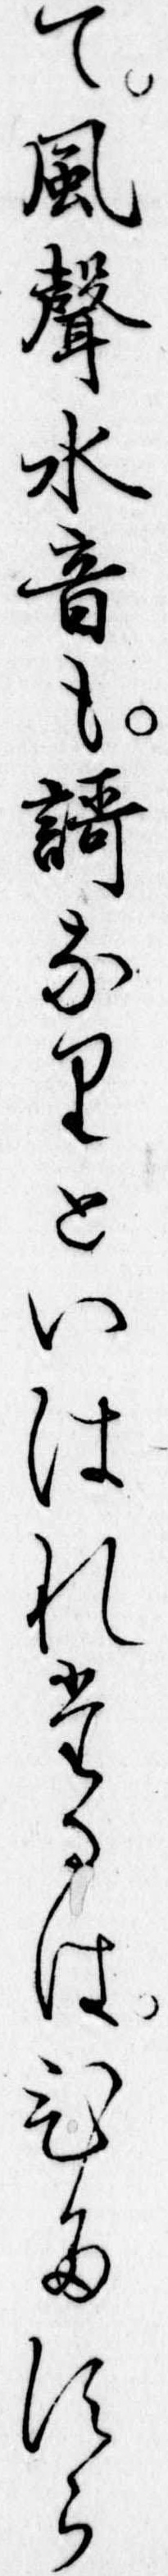
て風声水音も歌なりといはれたるはひたすら